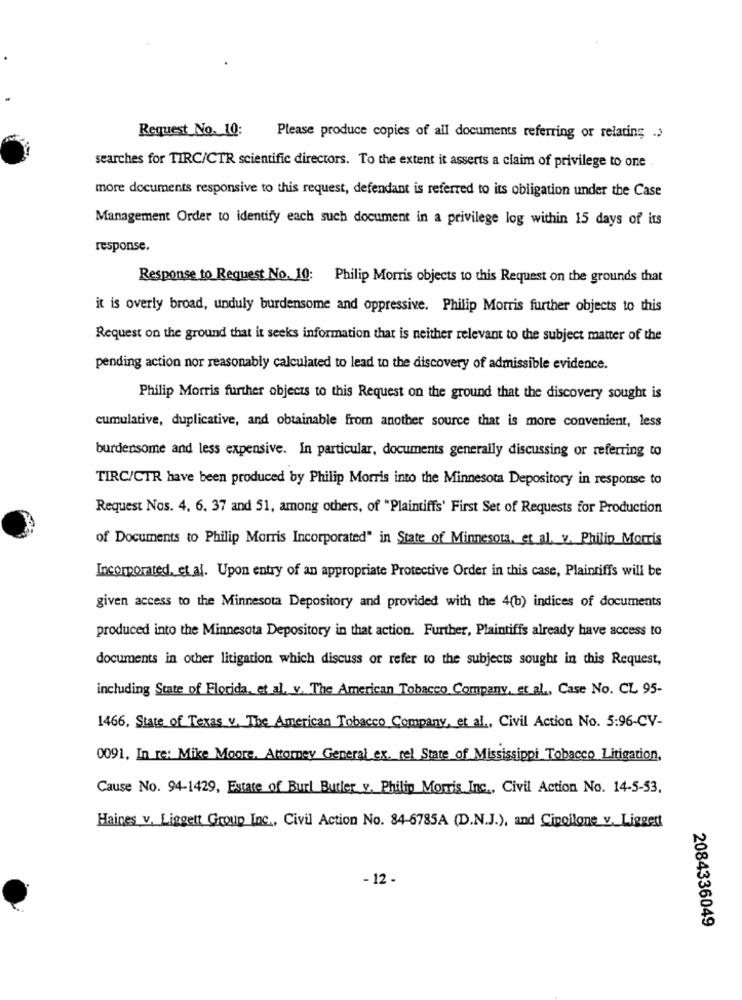
Request No. 10:
Please produce copies of all documents referring or relating .>
searches for TIRC/CTR scientific directors. To the extent it asserts a claim of privilege to one
more documents responsive to this request, defendant is referred to its obligation under the Case
Management Order to identify each such document in a privilege log within 15 days of its
response.
Response to Request No. 10: Philip Morris objects to this Request on the grounds that
it is overly broad, unduly burdensome and oppressive. Philip Morris further objects to this
Request on the ground that it seeks information that is neither relevant to the subject matter of the
pending action nor reasonably calculated to lead to the discovery of admissible evidence.
Philip Morris further objects to this Request on the ground that the discovery sought is
cumulative, duplicative, and obtainable from another source that is more convenient, less
burdensome and less expensive. In particular, documents generally discussing or referring to
TIRC/CTR have been produced by Philip Morris into the Minnesota Depository in response to
Request Nos. 4. 6. 37 and 51, among others, of "Plaintiffs' First Set of Requests for Production
of Documents to Philip Morris Incorporated" in State of Minnesota, et al. v. Philip Morris
Incorporated, et al. Upon entry of an appropriate Protective Order in this case, Plaintiffs will be
given access to the Minnesota Depository and provided with the 4(b) indices of documents
produced into the Minnesota Depository in that action. Further, Plaintiffs already have access to
documents in other litigation which discuss or refer to the subjects sought in this Request,
including State of Florida, et al. v. The American Tobacco Company, et al ., Case No. CL 95-
1466, State of Texas v. The American Tobacco Company, et al ., Civil Action No. 5:96-CV-
0091, In re: Mike Moore, Attorney General ex. rel State of Mississippi Tobacco Litigation,
Cause No. 94-1429, Estate of Burl Butler_v. Philip Morris Inc ., Civil Action No. 14-5-53.
Haines v. Liggett Group Inc ., Civil Action No. 84-6785A (D.N.J.), and Cipollone v. Ligget
- 12-
2084336049